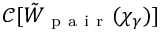
\mathcal { C } [ \tilde { W } _ { \mathrm { ~ p ~ a ~ i ~ r ~ } } ( \chi _ { \gamma } ) ]